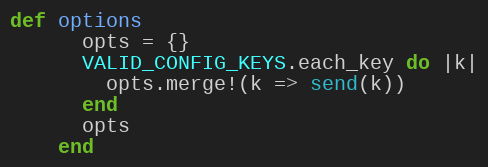
Language: Ruby
def options
      opts = {}
      VALID_CONFIG_KEYS.each_key do |k|
        opts.merge!(k => send(k))
      end
      opts
    end